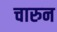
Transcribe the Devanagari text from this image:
चारुन